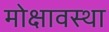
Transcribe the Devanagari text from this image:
मोक्षावस्था